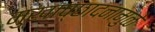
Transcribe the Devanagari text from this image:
मुखाच्छादनामुळे